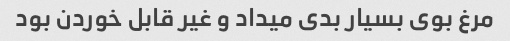
مرغ بوی بسیار بدی میداد و غیر قابل خوردن بود